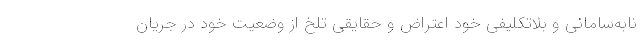
نابه‌سامانی و بلاتکلیفی خود اعتراض و حقایقی تلخ از وضعیت خود در جریان